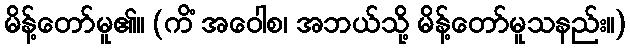
မိန့်တော်မူ၏။ (ကိံ အဝေါစ၊ အဘယ်သို့ မိန့်တော်မူသနည်း။)